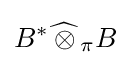
B^{*}{\widehat {\,\otimes \,}}_{\pi }B